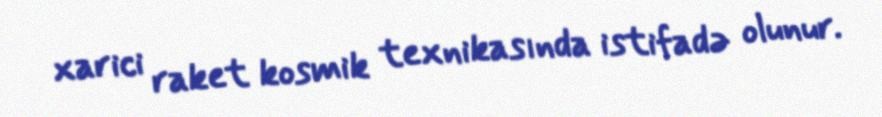
xarici raket kosmik texnikasında istifadə olunur.